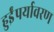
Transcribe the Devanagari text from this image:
हुईंपर्यावरण